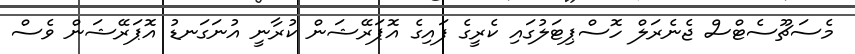
މެސަޗޫސެޓްސް ޖެނެރަލް ހޮސްޕިޓަލުގައި ކެރީގެ ފައިގެ އޮޕަރޭޝަން ކުރާނީ އުނަގަނޑު އޮޕަރޭޝަން ވެސް